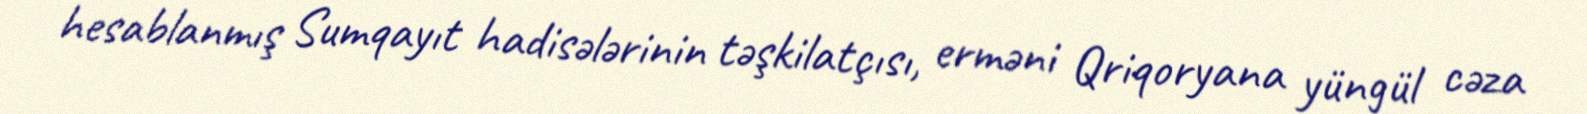
hesablanmış Sumqayıt hadisələrinin təşkilatçısı, erməni Qriqoryana yüngül cəza